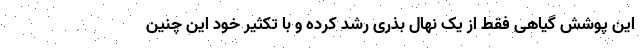
این پوشش گیاهی فقط از یک نهالِ بذری رشد کرده و با تکثیر خود این چنین